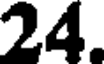
24.